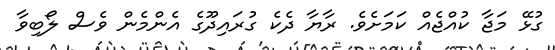
ގުޅޭ މަޖާ ކުއްޖެއް ކަމަށެވެ. ރާޔާ ދެކެ ގުރައިދޫގެ އެންމެން ވެސް ލޯބިވާ